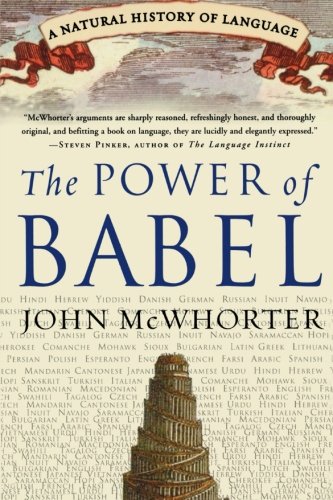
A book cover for The Power of Babel: A Natural History of Language; John McWhorter; Politics & Social Sciences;